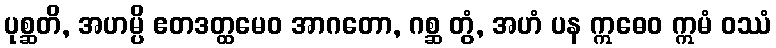
ပုစ္ဆတိ, အဟမ္ပိ ဧတဒတ္ထမေဝ အာဂတော, ဂစ္ဆ တွံ, အဟံ ပန ဣဓေဝ ဣမံ ဝဿံ